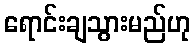
ရောင်းချသွားမည်ဟု